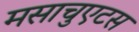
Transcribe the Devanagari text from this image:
मसाचुएटस